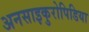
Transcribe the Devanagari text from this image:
अनसाइकुरोपिडिया